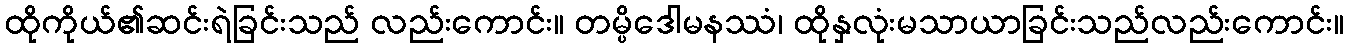
ထိုကိုယ်၏ဆင်းရဲခြင်းသည် လည်းကောင်း။ တမ္ပိဒေါမနဿံ၊ ထိုနှလုံးမသာယာခြင်းသည်လည်းကောင်း။